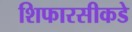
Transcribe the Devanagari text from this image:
शिफारसीकडे